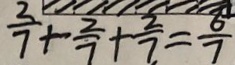
\frac { 2 } { 7 } + \frac { 2 } { 7 } + \frac { 2 } { 7 } = \frac { 6 } { 7 }